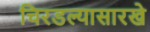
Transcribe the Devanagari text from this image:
चिरडल्यासारखे